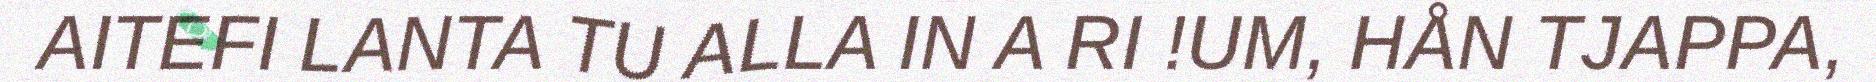
AITEFI LANTA TU ALLA IN A RI !UM, HÅN TJAPPA,